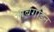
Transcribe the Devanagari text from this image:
ऑबर्गाइन